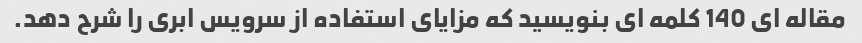
مقاله ای 140 کلمه ای بنویسید که مزایای استفاده از سرویس ابری را شرح دهد.